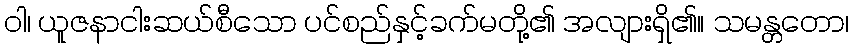
ဝါ၊ ယူဇနာငါးဆယ်စီသော ပင်စည်နှင့်ခက်မတို့၏ အလျားရှိ၏။ သမန္တတော၊